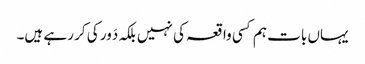
یہاں بات ہم کسی واقعہ کی نہیں بلکہ دَور کی کر رہے ہیں۔